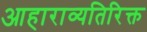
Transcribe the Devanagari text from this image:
आहाराव्यतिरिक्त